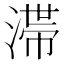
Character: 𣻉